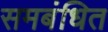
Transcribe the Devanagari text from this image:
समबंधित